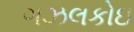
ગઝલકોઇ